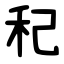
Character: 䄫